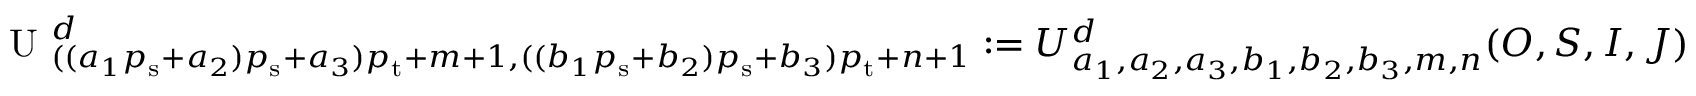
\begin{array} { r } { \textrm { U } _ { ( ( a _ { 1 } { p _ { \mathrm { s } } } + a _ { 2 } ) { p _ { \mathrm { s } } } + a _ { 3 } ) { p _ { \mathrm { t } } } + m + 1 , ( ( b _ { 1 } { p _ { \mathrm { s } } } + b _ { 2 } ) { p _ { \mathrm { s } } } + b _ { 3 } ) { p _ { \mathrm { t } } } + n + 1 } ^ { d } : = U _ { a _ { 1 } , a _ { 2 } , a _ { 3 } , b _ { 1 } , b _ { 2 } , b _ { 3 } , m , n } ^ { d } ( O , S , I , J ) } \end{array}